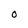
Character: 0